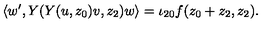
\langle w ^ { \prime } , Y ( Y ( u , z _ { 0 } ) v , z _ { 2 } ) w \rangle = \iota _ { 2 0 } f ( z _ { 0 } + z _ { 2 } , z _ { 2 } ) .